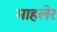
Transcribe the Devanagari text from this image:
माहलेर